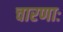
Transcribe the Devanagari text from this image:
चारणाः